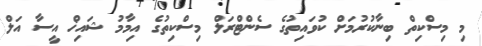
މި މިސްކިތް ބިނާކުރުމަށް ކުވައިތުގެ ސެންޓްރަލް މިސްކިތުގެ އިމާމު ޝައިޚް އީސާ އަލް